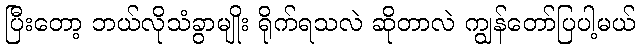
ပြီးတော့ ဘယ်လိုသံခွာမျိုး ရိုက်ရသလဲ ဆိုတာလဲ ကျွန်တော်ပြပါ့မယ်